system: You are a helpful assistant.
user:
Analyze the provided spectrum to determine if it is a **S-type Star**.

- **Key Indicators for S-type Star:**

    - **(Overall Spectrum Shape):** The first and most obvious characteristic is the overall continuum (the "baseline" shape). It is **extremely "red-sloping,"** meaning the flux (light intensity) is very low on the left side (blue, ~4000-4500 Å) and rises steeply and continuously toward the right side (red, ~7000 Å+).

    - **(Primary):** The spectrum is defined by the presence of strong, broad molecular absorption "valleys" (bands) from **Zirconium Oxide (ZrO)**. The identification of these bands is the **primary requirement** for classifying a star as S-type.
        - **(Key Bandheads):** You must find distinct, deep "dips" where the light has been absorbed. The most critical band systems to locate are:
            - **~6474 Å** ($\gamma$-system): This is often the strongest and clearest ZrO feature, found in the red part of the spectrum.
            - **~5718 Å** & **~5551 Å** ($\beta$-system): A pair of prominent absorption features in the yellow-orange part of the spectrum.
            - **~4640 Å** ($\alpha$-system): A key absorption band system in the blue-green region of the spectrum.

    - **(Secondary Confirmation):** The classification is strengthened by finding additional absorption bands from other related heavy element oxides, which are expected to be present alongside ZrO.
        - **(Key Bandheads):**
            - **Yttrium Oxide (YO):** Look for absorption dips near **~4800 Å** and **~6100 Å**.
            - **Lanthanum Oxide (LaO):** Additional absorption features, particularly in the red-orange part of the spectrum, are also characteristic.

    - **(Line Profile):** The combination of the steep red continuum and these numerous, deep molecular bands (ZrO, YO, etc.) gives the entire spectrum a very **"chopped-up"** or **"bumpy"** appearance. Instead of a smooth curve, the spectrum looks as though large, wide chunks of light have been "carved out" of it at the specific wavelengths listed above.

Think first, call **spectral_visualization_tool** if needed to examine features in detail, then provide your final answer. Your response must adhere to the following strict rules:
1.  **Overall Structure:** Your response must follow the format `<think>...</think> <tool_call>...</tool_call> (if a tool is used) <answer>...</answer>`.
2.  **Tool Usage Constraint:** You may only make **one** tool call per turn.
3.  **Final Answer Format:** In the `<answer>` tag, your conclusion must be inside a `\boxed{}` command (e.g., `\boxed{YES}` or `\boxed{NO}`), followed by your justification.

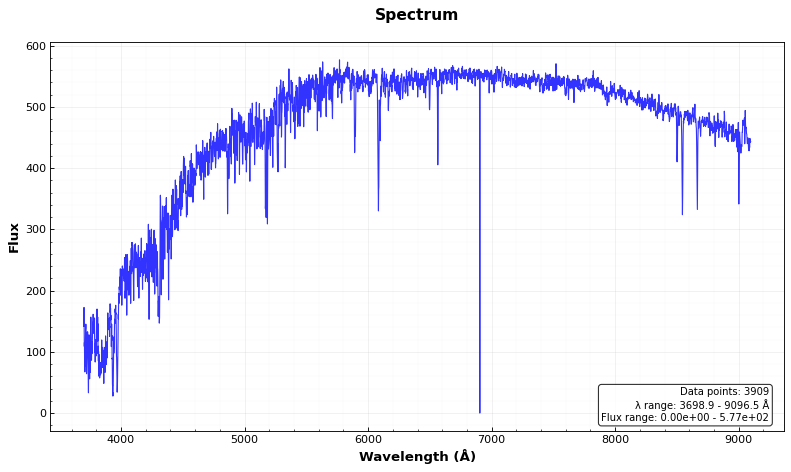
Answer: NO